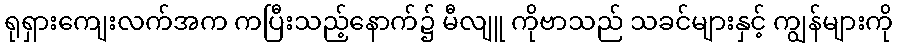
ရုရှားကျေးလက်အက ကပြီးသည့်နောက်၌ မီလျူ ကိုဗာသည် သခင်များနှင့် ကျွန်များကို